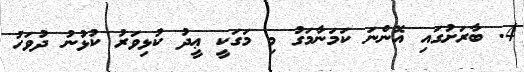
4. ބާރަށުގައި އޮންނަ ކަމަނާމަގު މި މަގަކީ ޢީދު ކުޅިވަރު ކުޅުނު ދުވަހު